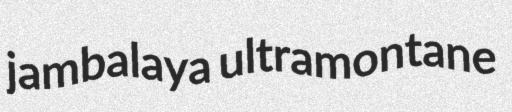
jambalaya ultramontane